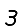
Digit: 3